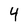
Character: 4